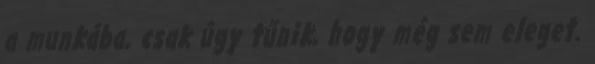
a munkába, csak úgy tűnik, hogy még sem eleget.